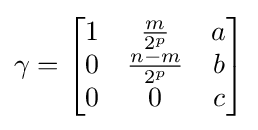
\gamma ={\begin{bmatrix}1&{\frac {m}{2^{p}}}&a\\0&{\frac {n-m}{2^{p}}}&b\\0&0&c\end{bmatrix}}